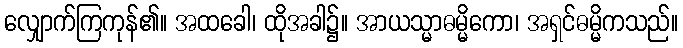
လျှောက်ကြကုန်၏။ အထခေါ၊ ထိုအခါ၌။ အာယသ္မာဓမ္မိကော၊ အရှင်ဓမ္မိကသည်။